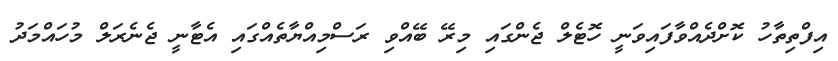
އިފްތިތާހު ކޮށްދެއްވާފައިވަނީ ހޮޓެލް ޖެންގައި މިރޭ ބޭއްވި ރަސްމިއްޔާތެއްގައި އެޓާނީ ޖެނެރަލް މުހައްމަދު